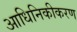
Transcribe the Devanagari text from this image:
आधिनिकीकरण